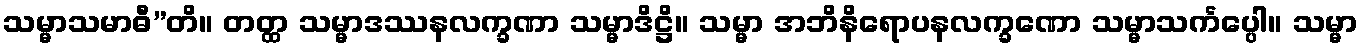
သမ္မာသမာဓီ”တိ။ တတ္ထ သမ္မာဒဿနလက္ခဏာ သမ္မာဒိဋ္ဌိ။ သမ္မာ အဘိနိရောပနလက္ခဏော သမ္မာသင်္ကပ္ပေါ။ သမ္မာ